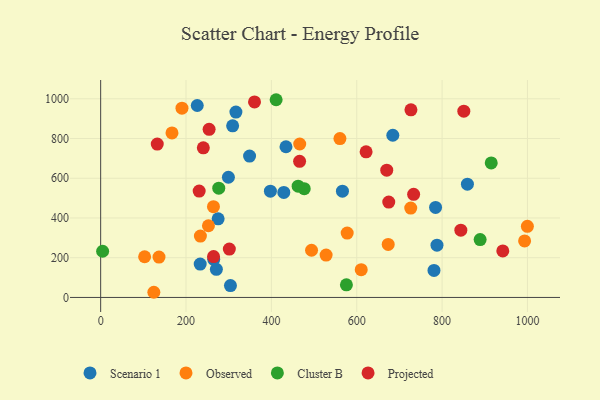
{"axis": {"x": "Study Hours", "y": "Profit"}, "legend": ["Cluster B", "Observed", "Projected", "Scenario 1"], "data": [{"x": "788.0", "y": 263.3, "type": "Scenario 1"}, {"x": "275.2", "y": 395.7, "type": "Scenario 1"}, {"x": "304.1", "y": 59.8, "type": "Scenario 1"}, {"x": "684.5", "y": 816.4, "type": "Scenario 1"}, {"x": "271.1", "y": 141.5, "type": "Scenario 1"}, {"x": "781.0", "y": 135.9, "type": "Scenario 1"}, {"x": "434.2", "y": 758.7, "type": "Scenario 1"}, {"x": "429.1", "y": 528.8, "type": "Scenario 1"}, {"x": "233.2", "y": 167.8, "type": "Scenario 1"}, {"x": "348.9", "y": 711.4, "type": "Scenario 1"}, {"x": "226.3", "y": 966.3, "type": "Scenario 1"}, {"x": "859.3", "y": 570.1, "type": "Scenario 1"}, {"x": "316.9", "y": 933.1, "type": "Scenario 1"}, {"x": "264.9", "y": 191.8, "type": "Scenario 1"}, {"x": "299.3", "y": 605.0, "type": "Scenario 1"}, {"x": "784.7", "y": 453.2, "type": "Scenario 1"}, {"x": "566.5", "y": 535.0, "type": "Scenario 1"}, {"x": "309.2", "y": 864.0, "type": "Scenario 1"}, {"x": "397.7", "y": 534.7, "type": "Scenario 1"}, {"x": "726.5", "y": 449.8, "type": "Observed"}, {"x": "610.5", "y": 140.0, "type": "Observed"}, {"x": "233.7", "y": 308.8, "type": "Observed"}, {"x": "494.1", "y": 237.6, "type": "Observed"}, {"x": "528.2", "y": 213.1, "type": "Observed"}, {"x": "560.6", "y": 799.5, "type": "Observed"}, {"x": "252.5", "y": 360.8, "type": "Observed"}, {"x": "466.4", "y": 772.3, "type": "Observed"}, {"x": "167.1", "y": 828.1, "type": "Observed"}, {"x": "103.0", "y": 204.9, "type": "Observed"}, {"x": "993.3", "y": 284.4, "type": "Observed"}, {"x": "190.5", "y": 952.6, "type": "Observed"}, {"x": "577.6", "y": 323.9, "type": "Observed"}, {"x": "264.3", "y": 456.9, "type": "Observed"}, {"x": "673.7", "y": 266.9, "type": "Observed"}, {"x": "999.8", "y": 357.9, "type": "Observed"}, {"x": "136.7", "y": 203.4, "type": "Observed"}, {"x": "124.6", "y": 26.0, "type": "Observed"}, {"x": "889.1", "y": 291.1, "type": "Cluster B"}, {"x": "575.8", "y": 63.4, "type": "Cluster B"}, {"x": "276.7", "y": 549.9, "type": "Cluster B"}, {"x": "4.6", "y": 232.6, "type": "Cluster B"}, {"x": "477.0", "y": 547.5, "type": "Cluster B"}, {"x": "411.1", "y": 995.3, "type": "Cluster B"}, {"x": "462.7", "y": 560.1, "type": "Cluster B"}, {"x": "915.1", "y": 677.2, "type": "Cluster B"}, {"x": "240.5", "y": 753.3, "type": "Projected"}, {"x": "254.1", "y": 846.2, "type": "Projected"}, {"x": "264.5", "y": 205.6, "type": "Projected"}, {"x": "132.6", "y": 771.8, "type": "Projected"}, {"x": "301.5", "y": 243.6, "type": "Projected"}, {"x": "466.1", "y": 685.3, "type": "Projected"}, {"x": "675.0", "y": 480.1, "type": "Projected"}, {"x": "850.9", "y": 937.8, "type": "Projected"}, {"x": "942.2", "y": 234.4, "type": "Projected"}, {"x": "230.8", "y": 535.4, "type": "Projected"}, {"x": "843.9", "y": 338.7, "type": "Projected"}, {"x": "727.0", "y": 944.5, "type": "Projected"}, {"x": "360.5", "y": 984.1, "type": "Projected"}, {"x": "670.3", "y": 640.5, "type": "Projected"}, {"x": "621.9", "y": 733.2, "type": "Projected"}, {"x": "733.3", "y": 518.9, "type": "Projected"}]}